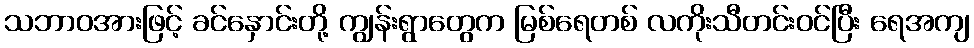
သဘာဝအားဖြင့် ခင်နှောင်းတို့ ကျွန်းရွာတွေက မြစ်ရေတစ် လကိုးသီတင်းဝင်ပြီး ရေအကျ